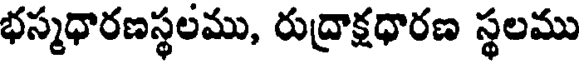
భస్మధారణస్థలము, రుద్రాక్షధారణ స్థలము